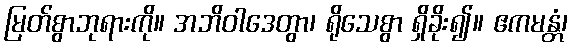
မြတ်စွာဘုရားကို။ အဘိဝါဒေတွာ၊ ရိုသေစွာ ရှိခိုး၍။ ဧကမန္တံ၊